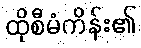
ထိုစီမံကိန်း၏